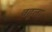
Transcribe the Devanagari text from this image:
वढूला